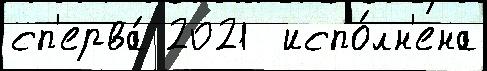
сп'ерва́ 2021  испо́лн'ена